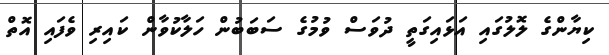
ކިޔާންގެ ލޮލުގައި އަޅައިގަތީ ދުވަސް ވުމުގެ ސަބަބުން ހަލާކުވާން ކައިރި ވެފައި އޮތް